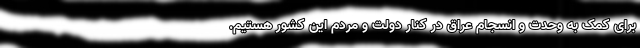
برای کمک به وحدت و انسجام عراق در کنار دولت و مردم این کشور هستیم.